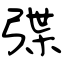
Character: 弽